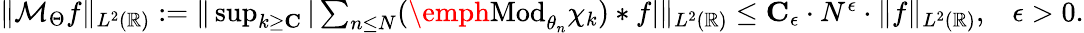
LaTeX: \begin{array}{r}{\| \mathcal{M}_{\Theta}f\| _{L^{2}(\mathbb{R})}\mathrel{\mathop:}=\| \operatorname*{sup}_{k\geq\mathbf{C}}|\sum_{n\leq N}(\mathrm{\emph{Mod}}_{\theta_{n}}\chi_{k})*f|\| _{L^{2}(\mathbb{R})}\leq\mathbf{C}_{\epsilon}\cdot N^{\epsilon}\cdot\| f\| _{L^{2}(\mathbb{R})},\; \; \; \epsilon>0.}\end{array}